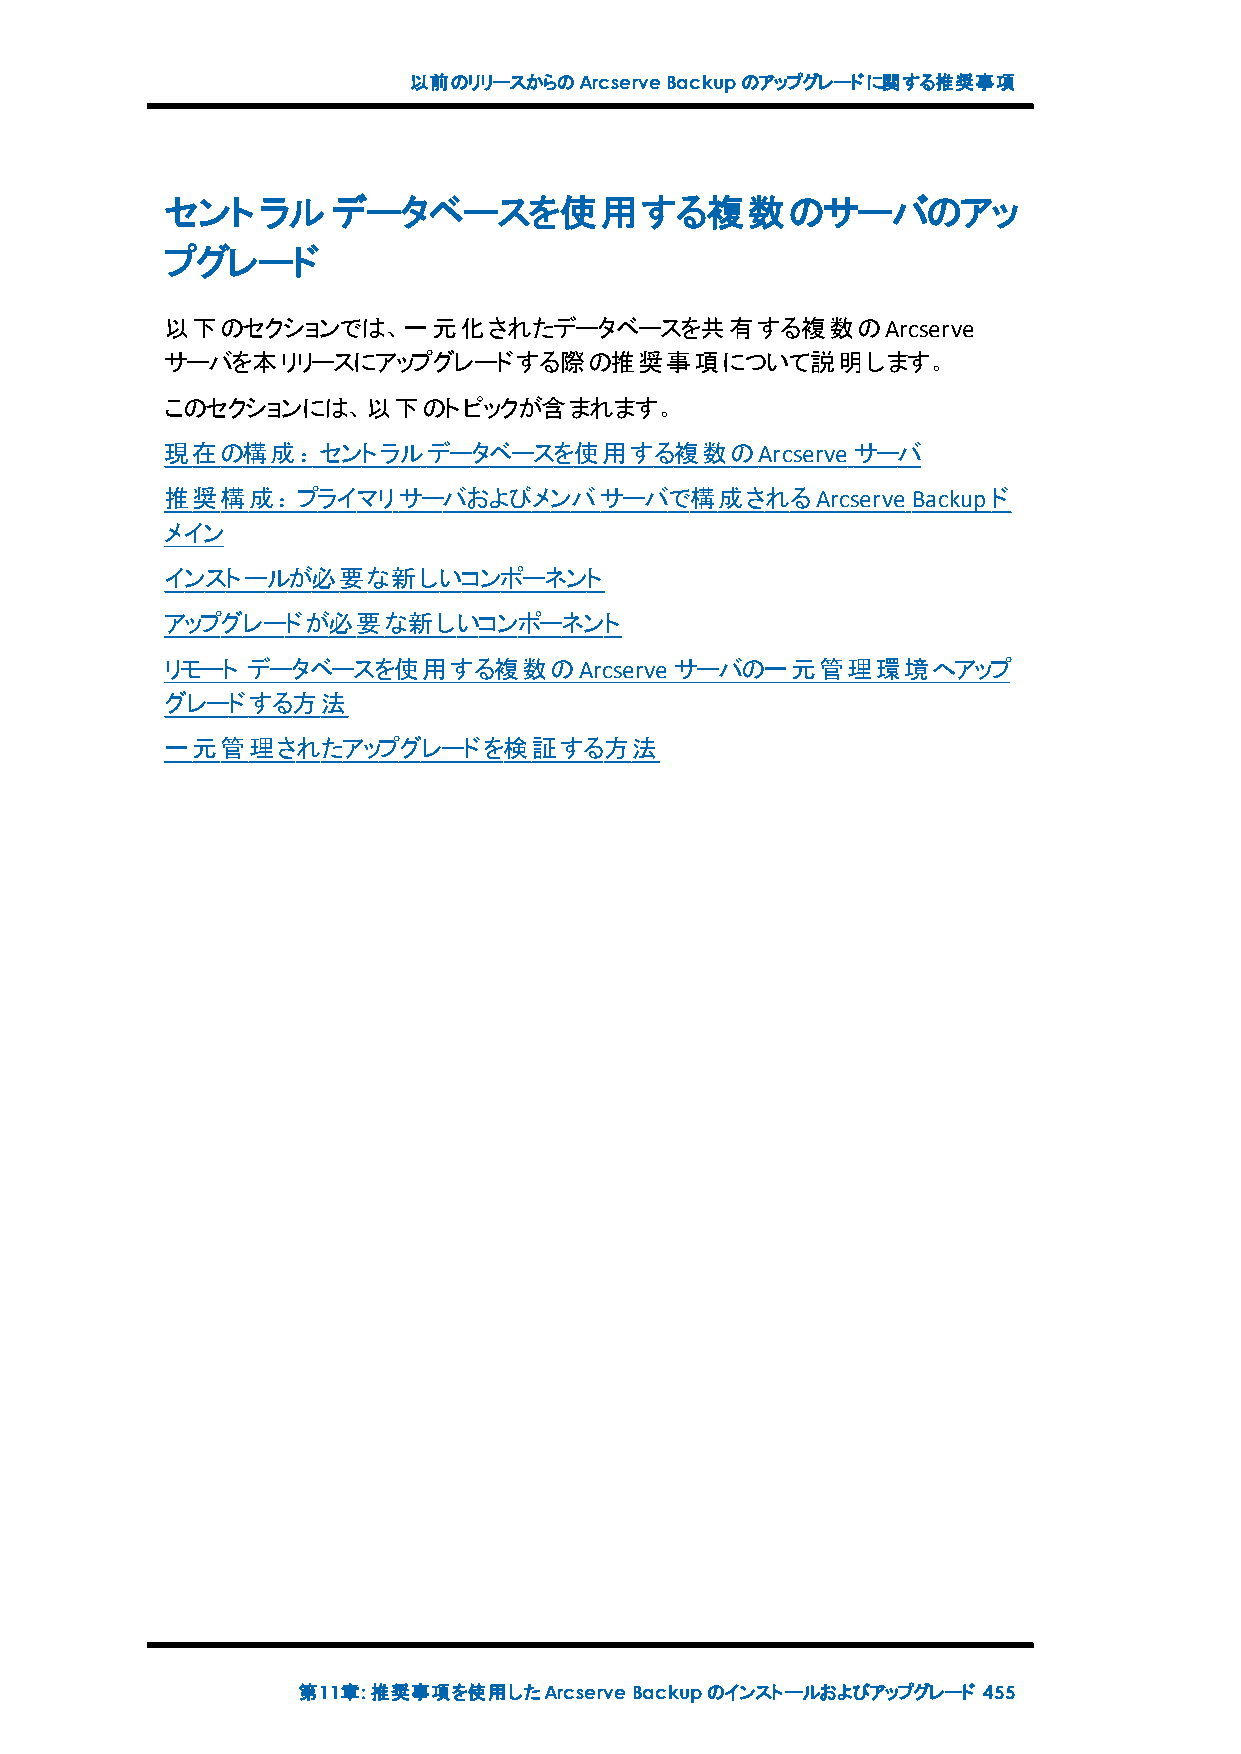
以前のリリースからのArcserveBackupのアップグレードに関する推奨事項
 セントラルデータベースを使用する複数のサーバのアッ
 プグレード
 以下のセクションでは、一元化されたデータベースを共有する複数のArcserve
 サーバを本リリースにアップグレードする際の推奨事項について説明します。
 このセクションには、以下のトピックが含まれます。
 現在の構成：セントラルデータベースを使用する複数のArcserve            サーバ
 推奨構成：プライマリサーバおよびメンバサーバで構成されるArcserve             Backupド
 メイン
 インストールが必要な新しいコンポーネント
 アップグレードが必要な新しいコンポーネント
 リモート データベースを使用する複数のArcserve       サーバの一元管理環境へアップ
 グレードする方法
 一元管理されたアップグレードを検証する方法
 第11章:推奨事項を使用したArcserveBackupのインストールおよびアップグレード 455